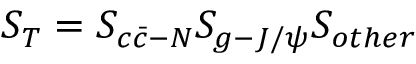
S _ { T } = S _ { c \bar { c } - N } S _ { g - { J / { \psi } } } S _ { o t h e r }